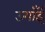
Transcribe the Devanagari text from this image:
उगाँईं